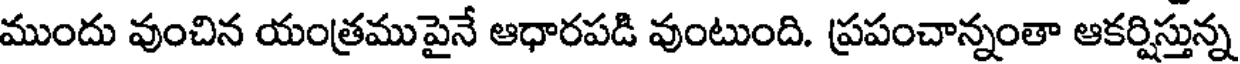
ముందు వుంచిన యంత్రముపైనే ఆధారపడి వుంటుంది. ప్రపంచాన్నంతా ఆకర్షిస్తున్న